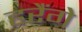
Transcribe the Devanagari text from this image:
हरैंगे